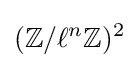
(\mathbb {Z} /\ell ^{n}\mathbb {Z} )^{2}